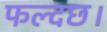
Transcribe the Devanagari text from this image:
फल्दछ।